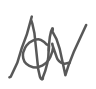
Text: a
Cross-out: zig-zag
Writing tool: digital_gray